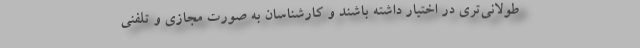
طولانی‌تری در اختیار داشته باشند و کارشناسان به صورت مجازی و تلفنی